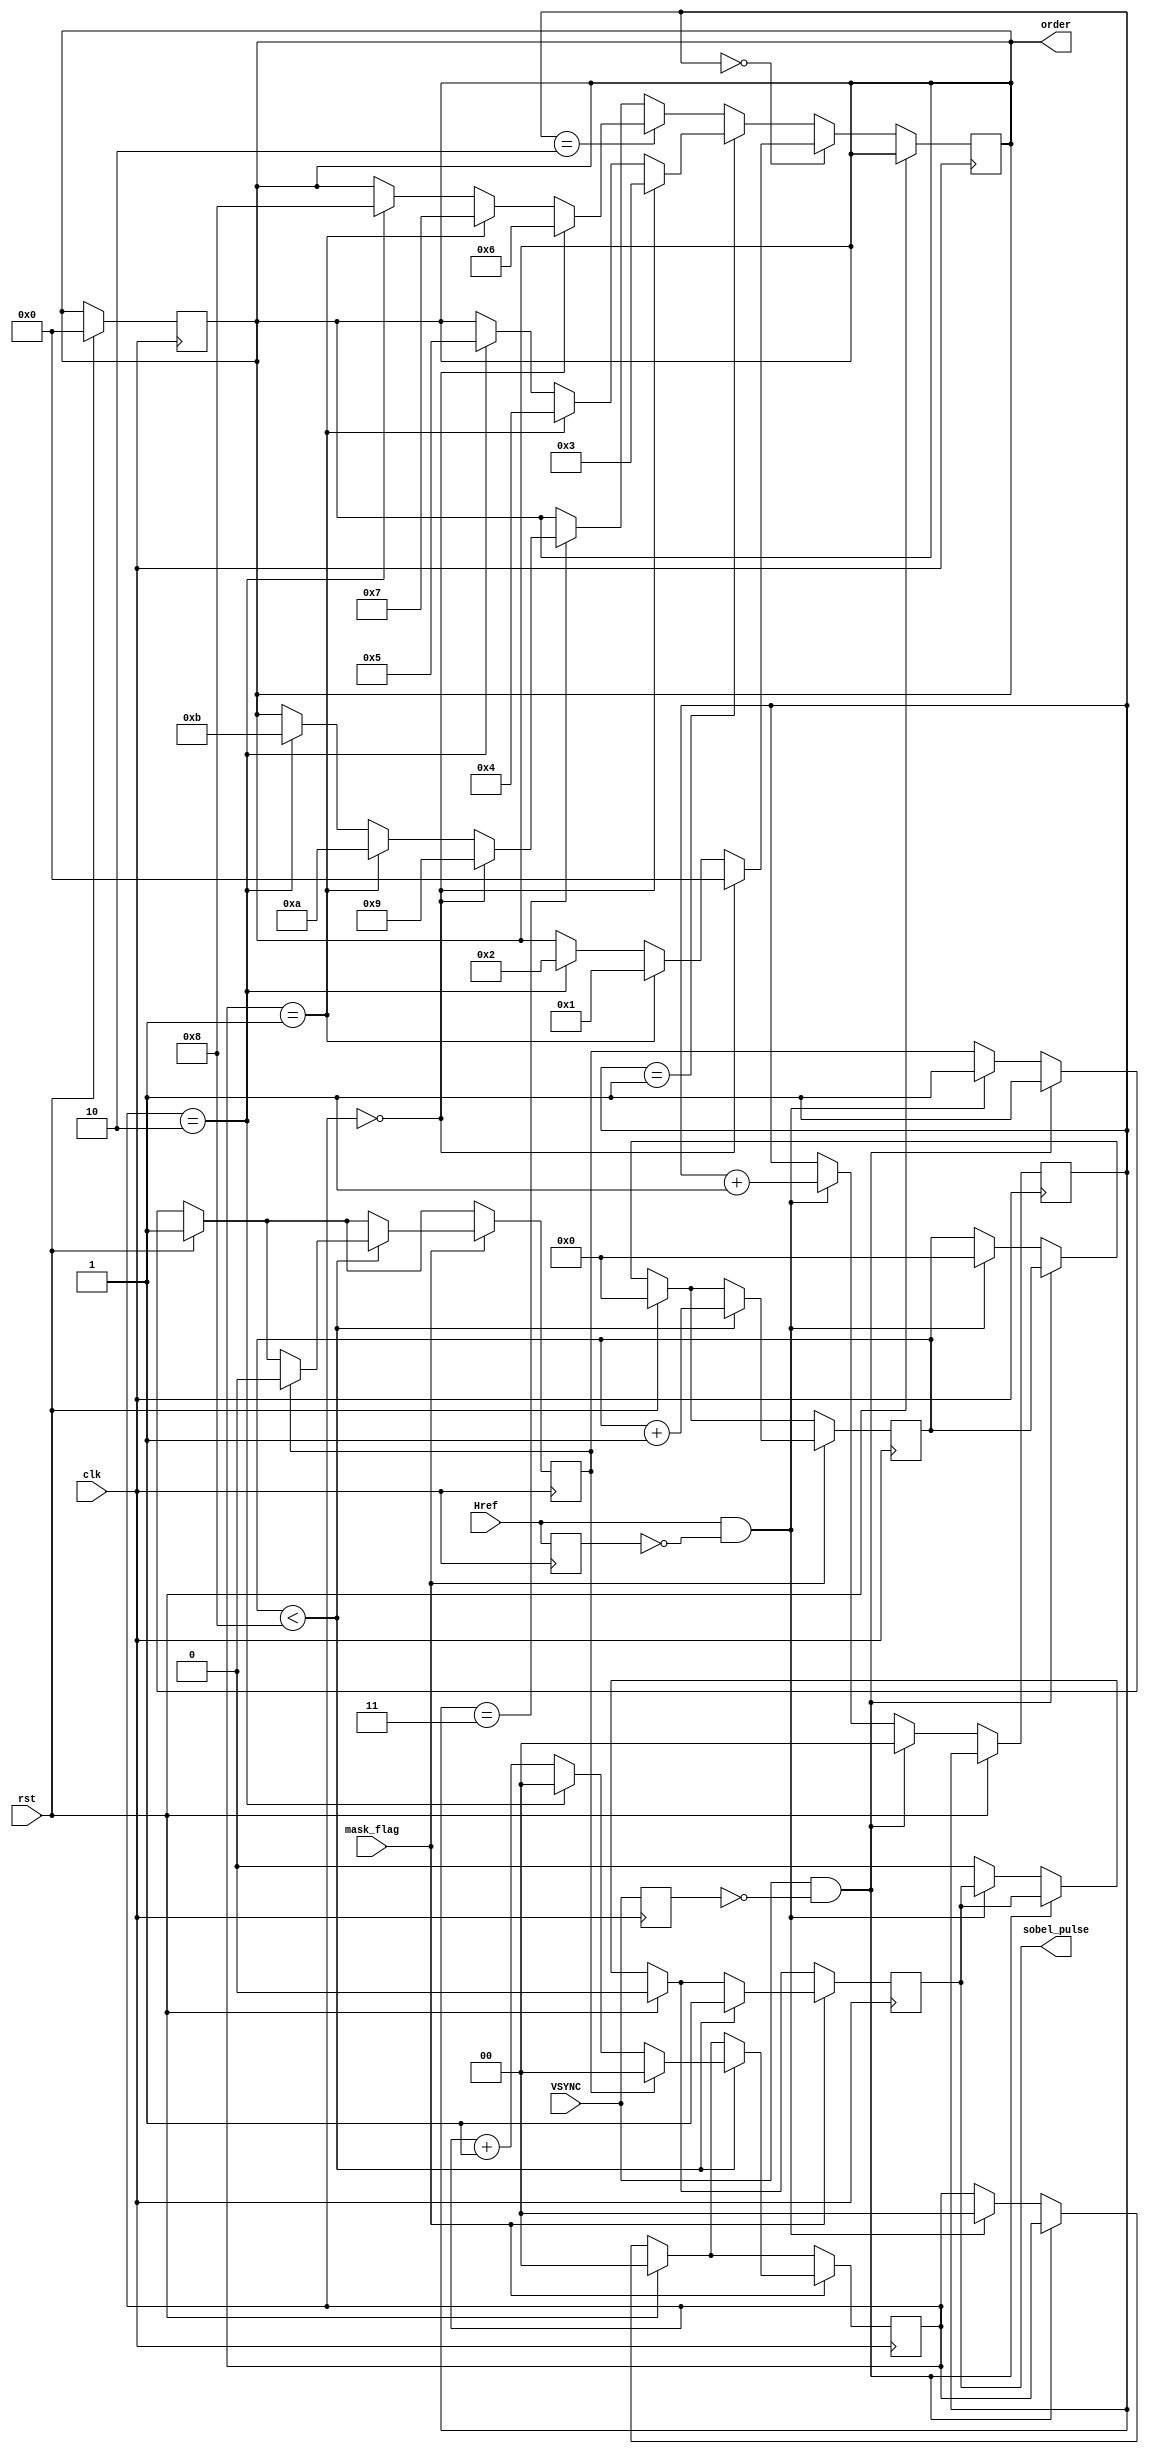
//----------------------------------------------------------------------------
//-- Control del orden de la mscara para el filtro Sobel
//----------------------------------------------------------------------------
//-- September 2019. Written by Ivan Rios
//-- GPL license
//----------------------------------------------------------------------------
module mask_control #(             //-- Parametros
         parameter WIDTH_SOBEL = 8)
( 

	input wire clk,rst,
	input wire mask_flag,	
	input wire VSYNC,		
	input wire Href,			 
	output reg [3:0] order,
	output wire sobel_pulse					 
	);

reg VSYNC_ant=0;
reg Href_ant=0;
reg first_mask=1;
    
reg[1:0] pos_mask_h=0;
reg[1:0] pos_mask_v=0;
reg reg_sobel_pulse=0;
 
reg [8:0] count_width_row=0;

assign sobel_pulse = reg_sobel_pulse;
    
always @(posedge clk) begin

 VSYNC_ant <= VSYNC;
 Href_ant <= Href;

  if (rst) begin
    order <= 0;
    pos_mask_h <= 0;
	first_mask<=1;
	reg_sobel_pulse<=0;
	count_width_row<=0;
  end

  else if (VSYNC && !VSYNC_ant) begin //Nueva imagen
	first_mask<=1;
	pos_mask_v<=0;
  end

  else if (Href && !Href_ant) begin //Desplazamiento vertical de la mscara
	pos_mask_h<=0;
	first_mask<=1;
	pos_mask_v<=pos_mask_v+1;
	count_width_row<=0;
  end
  
  else
	reg_sobel_pulse<=0;
	
	if (mask_flag) 
   	  if (count_width_row<WIDTH_SOBEL) begin
	  count_width_row<=count_width_row+1;
	
		reg_sobel_pulse<=1;	
	
		if (first_mask) begin //primer elemento
			pos_mask_h<=0;
			first_mask<=0;
		end
		
		else if (pos_mask_h==2) begin //Ha pasado las 3 RAMs
			pos_mask_h<=0;
		end
		
		else begin //Desplazamiento horizontal de la mscara
			pos_mask_h<=pos_mask_h+1;
		end	
		
  end
end

//----------------------------- Posicin mscarasc
always @(posedge clk) begin
  if(!rst)

	if (pos_mask_v==0) begin
		if (pos_mask_h==0)
			order<=0;
		else if (pos_mask_h==1)
			order<=1;
		else if (pos_mask_h==2)
			order<=2;
			
	end
			
	else if (pos_mask_v==1) begin
		if (pos_mask_h==0)
			order<=3;
		else if (pos_mask_h==1)
			order<=4;
		else if (pos_mask_h==2)
			order<=5;
			
	end
			
	else if (pos_mask_v==2) begin
		if (pos_mask_h==0)
			order<=6;
		else if (pos_mask_h==1)
			order<=7;
		else if (pos_mask_h==2)
			order<=8;
			
	end
			
	else if (pos_mask_v==3) begin
		if (pos_mask_h==0)
			order<=9;
		else if (pos_mask_h==1)
			order<=10;
		else if (pos_mask_h==2)
			order<=11;
			
	end
	
	
end




endmodule